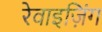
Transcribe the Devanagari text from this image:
रेवाइज़िंग